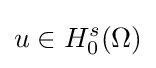
u\in H_{0}^{s}(\Omega )